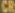
CR